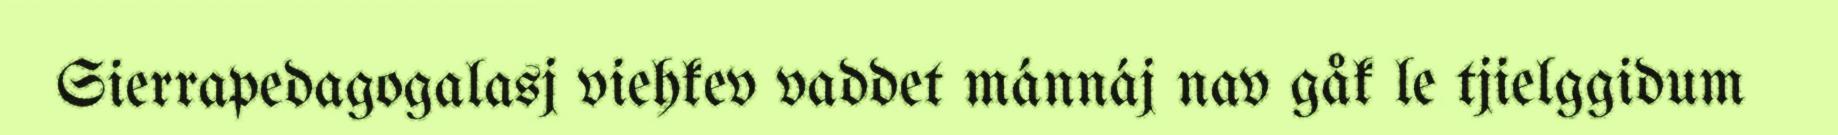
Sierrapedagogalasj viehkev vaddet mánnáj nav gåk le tjielggidum